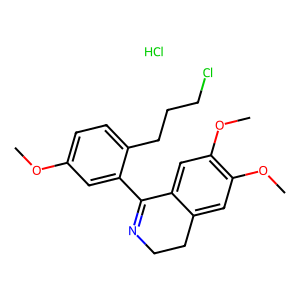
SMILES: COc1ccc(CCCCl)c(C2=NCCc3cc(OC)c(OC)cc32)c1.Cl
Inhibits HIV replication: No